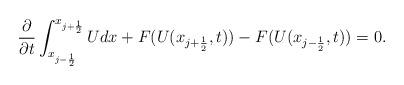
LaTeX: \begin{align*}\frac{\partial}{\partial{t}}\int^{x_{j+\frac{1}{2}}}_{x_{j-\frac{1}{2}}}Udx+F(U(x_{j+\frac{1}{2}},t))-F(U(x_{j-\frac{1}{2}},t))=0.\end{align*}